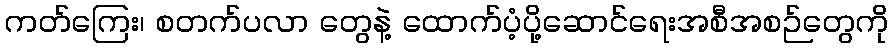
ကတ်ကြေး၊ စတက်ပလာ တွေနဲ့ ထောက်ပံ့ပို့ဆောင်ရေးအစီအစဉ်တွေကို